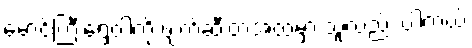
မောင်ကြီးရွှေဝါကို ဖျက်ဆီးတဲ့အထဲမှာ သူလည်း ပါတယ်